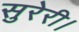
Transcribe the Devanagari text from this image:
सुरेरी।